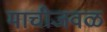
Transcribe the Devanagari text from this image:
माचीजवळ